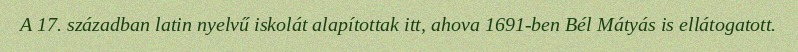
A 17. században latin nyelvű iskolát alapítottak itt, ahova 1691-ben Bél Mátyás is ellátogatott.